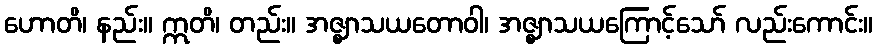
ဟောတိ၊ နည်း။ ဣတိ၊ တည်း။ အဇ္ဈာသယတောဝါ၊ အဇ္ဈာသယကြောင့်သော် လည်းကောင်း။